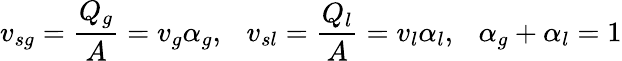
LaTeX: v_{sg}=\frac{Q_{g}}{A}=v_{g}\alpha_{g},~~~v_{sl}=\frac{Q_{l}}{A}=v_{l}\alpha_{l},~~~\alpha_{g}+\alpha_{l}=1